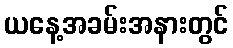
ယနေ့အခမ်းအနားတွင်